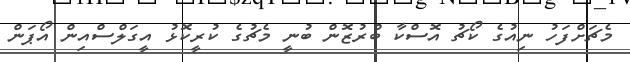
މެޗަށްފަހު ނިއުގެ ކޯޗު އޮސްކާ ބްރުޒޮން ބުނީ މެޗުގެ ކުރީކޮޅު އީގަލްސްއިން އޯޕަން